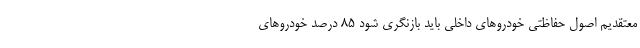
معتقدیم اصول حفاظتی خودروهای داخلی باید بازنگری شود ۸۵ درصد خودروهای